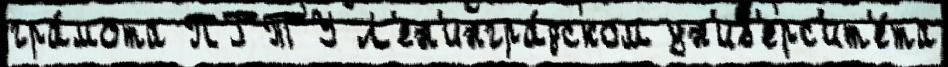
гра́мота ПГТУ Л'ен'ингра́дском ун'ив'ерс'ит'е́та